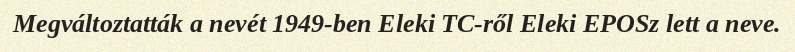
Megváltoztatták a nevét 1949-ben Eleki TC-ről Eleki EPOSz lett a neve.